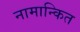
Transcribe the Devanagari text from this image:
नामान्कित